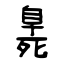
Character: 臰